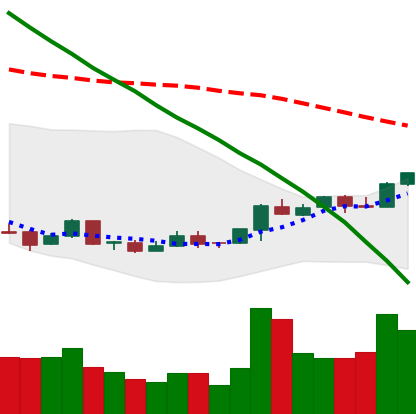
Ticker: ETC-USD
Chart end date: 2018-04-19
Forward return: 21.02%
Label: up_7plus